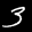
Label: 3